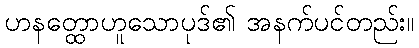
ဟနတ္ထောဟူသောပုဒ်၏ အနက်ပင်တည်း။